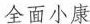
全面小康